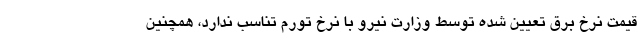
قیمت نرخ برق تعیین شده توسط وزارت نیرو با نرخ تورم تناسب ندارد، همچنین